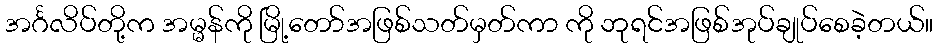
အင်္ဂလိပ်တို့က အမ္မန်ကို မြို့တော်အဖြစ်သတ်မှတ်ကာ ကို ဘုရင်အဖြစ်အုပ်ချုပ်စေခဲ့တယ်။